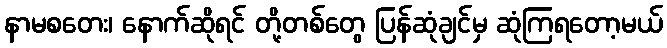
နာမစတေး၊ နောက်ဆိုရင် တို့တစ်တွေ ပြန်ဆုံချင်မှ ဆုံကြရတော့မယ်